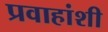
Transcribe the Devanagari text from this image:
प्रवाहांशी